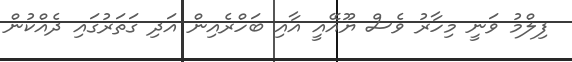
ފިލްމު ވަނީ މިހާރު ވެސް ޔޫއޭއީ އާއި ބަހްރެއިން އަދި ގަތަރުގައި ދެއްކުން